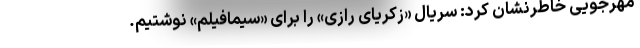
مهرجویی خاطرنشان کرد: سریال «زکریای رازی» را برای «سیمافیلم» نوشتیم.